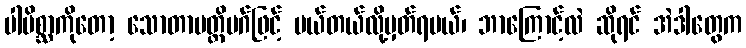
ပါပိစ္ဆာကိုတော့ သောတာပတ္တိမဂ်ဖြင့် ပယ်တယ်လို့မှတ်ရမယ်၊ ဘာကြောင့်လဲ ဆိုရင် အဲဒါတွေက